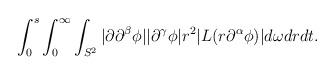
LaTeX: \begin{align*} \begin{aligned} \int_0^s \int_0^\infty \int_{S^2} |\partial \partial^\beta \phi| |\partial^\gamma \phi| r^2 |L(r \partial^\alpha \phi)| d \omega d r d t. \end{aligned}\end{align*}